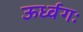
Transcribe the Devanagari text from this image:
ऊर्ध्वगः